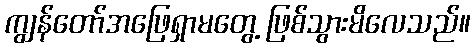
ကျွန်တော်အဖြေရှာမတွေ့ ဖြစ်သွားမိလေသည်။